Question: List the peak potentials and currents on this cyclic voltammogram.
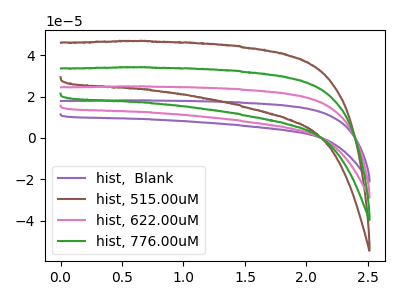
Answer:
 <answer>The purple curve "hist,  Blank" has no peaks. The brown curve "hist, 515.00uM" has no peaks. The pink curve "hist, 622.00uM" has no peaks. The green curve "hist, 776.00uM" has no peaks.</answer>
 <eval></eval>